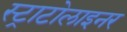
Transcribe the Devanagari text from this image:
स्ट्राटोलाइनर